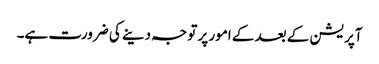
آپریشن کے بعد کے امور پر توجہ دینے کی ضرورت ہے۔